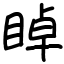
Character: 𥇍